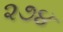
૨૭૪